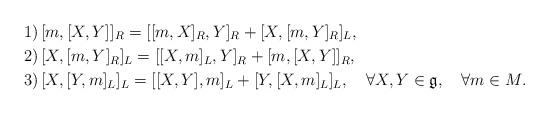
LaTeX: \begin{align*}& 1)\,[m,[X,Y]]_{R}=[[m,X]_{R},Y]_{R}+[X,[m,Y]_{R}]_{L},\\& 2)\,[X,[m,Y]_{R}]_{L}=[[X,m]_{L},Y]_{R}+[m,[X,Y]]_{R},\\& 3)\,[X,[Y,m]_{L}]_{L}=[[X,Y],m]_{L}+[Y,[X,m]_{L}]_{L},\quad\forall X,Y\in \mathfrak{g},\quad\forall m\in M.\end{align*}